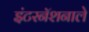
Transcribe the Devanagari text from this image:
इंटरनॅशनाले